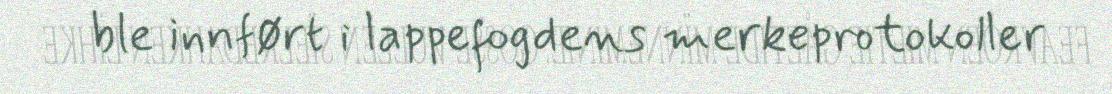
ble innført i lappefogdens merkeprotokoller